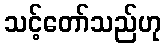
သင့်တော်သည်ဟု